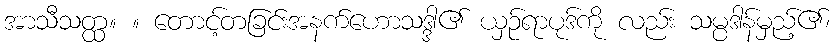
အာသီသတ္ထ။ ။ တောင့်တခြင်းအနက်ဟောသဒ္ဒါ၏ ယှဉ်ရာပုဒ်ကို လည်း သမ္ပဒါန်မှည့်၏၊